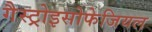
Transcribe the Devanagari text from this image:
गैस्ट्रोइसोफेजियल